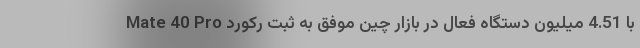
Mate 40 Pro با 4.51 میلیون دستگاه فعال در بازار چین موفق به ثبت رکورد